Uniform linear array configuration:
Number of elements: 4
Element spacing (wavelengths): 0.75
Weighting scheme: uniform
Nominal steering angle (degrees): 0
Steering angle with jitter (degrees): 1.199
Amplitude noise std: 0.05
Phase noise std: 0.05

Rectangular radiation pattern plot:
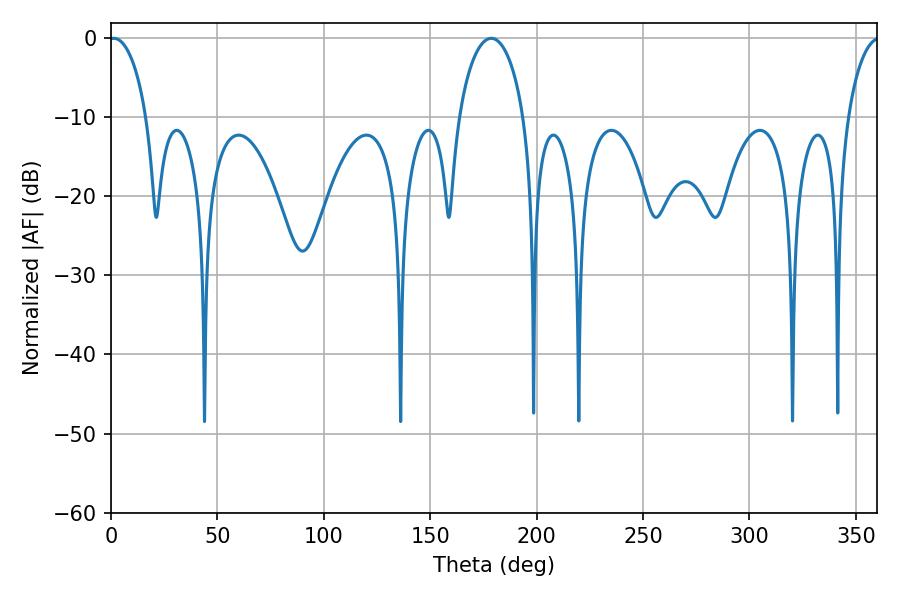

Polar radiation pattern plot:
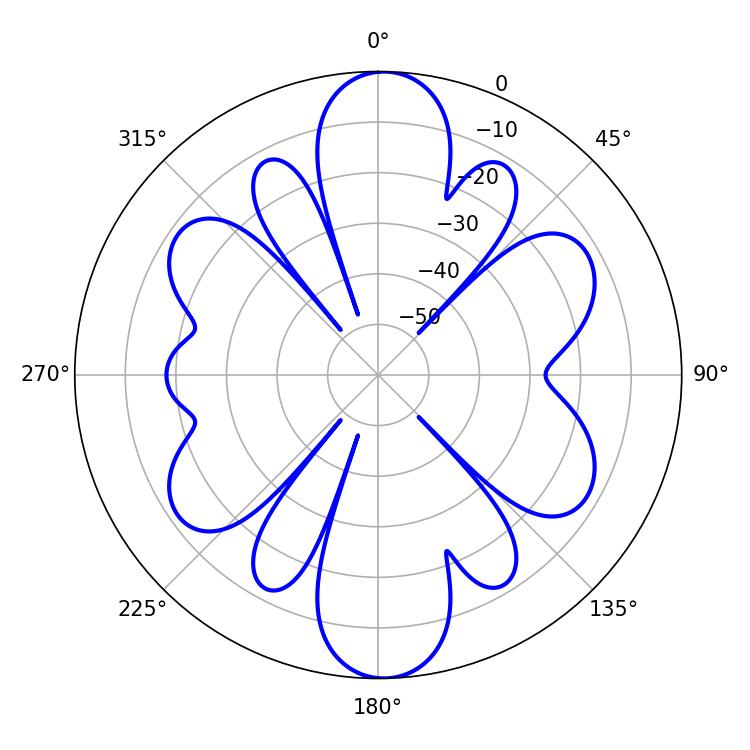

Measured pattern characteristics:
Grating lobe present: TRUE
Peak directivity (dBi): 21.183
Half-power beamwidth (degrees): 17.46
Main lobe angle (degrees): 178.74